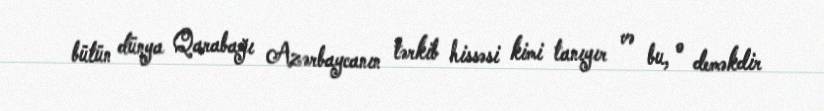
bütün dünya Qarabağı Azərbaycanın tərkib hissəsi kimi tanıyır və bu, o deməkdir